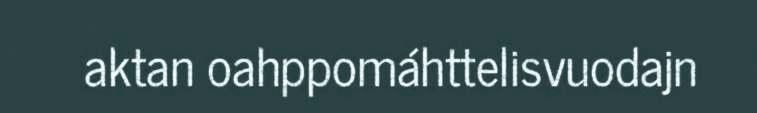
aktan oahppomáhttelisvuodajn